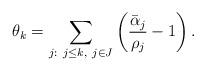
LaTeX: \begin{align*}\theta_k=\sum_{j:\ j\le k,\ j\in J} \left(\frac{\bar\alpha_{j}}{\rho_{j}}-1\right).\end{align*}